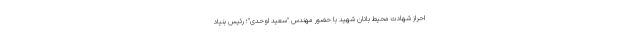
احراز شهادت محیط بانان شهید با حضور مهندس "سعید اوحدی"؛ رئیس بنیاد